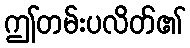
ဤတမ်းပလိတ်၏